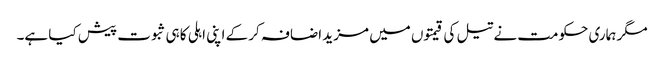
مگر ہماری حکومت نے تیل کی قیمتوں میں مزید اضافہ کر کے اپنی اہلی کا ہی ثبوت پیش کیا ہے۔